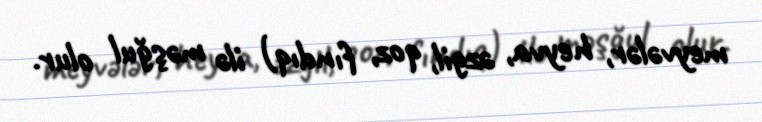
meyvələr, heyva, əzgil, qoz, fındıq) ilə məşğul olur.